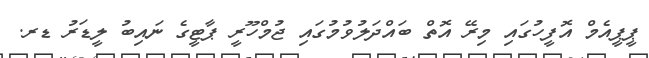
ޕީޕީއެމް އޮފީހުގައި މިރޭ އޮތް ބައްދަލުވުމުގައި ޖުމްހޫރީ ޕާޓީގެ ނައިބު ލީޑަރު ޑރ.